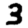
Digit: 3